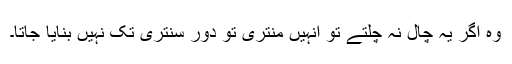
وہ اگر یہ چال نہ چلتے تو انہیں منتری تو دور سنتری تک نہیں بنایا جاتا۔